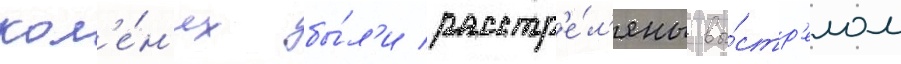
кол'е́н'ях бы́л'и расстр'е́л'яны вы́стр'елом